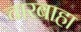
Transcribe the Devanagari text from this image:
चारबाहा